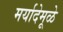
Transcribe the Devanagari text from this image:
मर्यादेमूळे